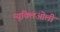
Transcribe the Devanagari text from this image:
न्यूक्लिओली